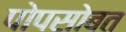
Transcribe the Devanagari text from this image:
पोपसोबत